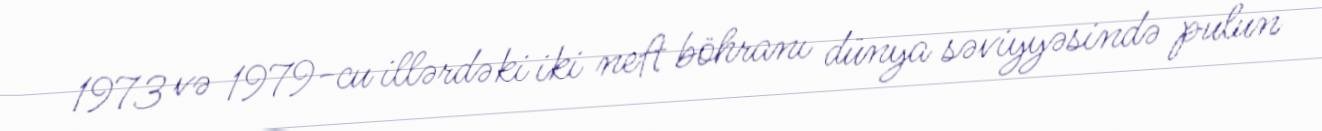
1973 və 1979-cu illərdəki iki neft böhranı dünya səviyyəsində pulun